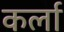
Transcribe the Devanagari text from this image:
कर्ला